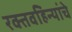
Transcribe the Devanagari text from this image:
रक्तवहिन्यांचे